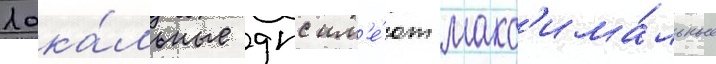
Лока́льные дпс им'е́ют макс'има́льные